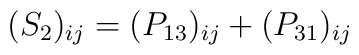
(S_2)_{ij} = (P_{13})_{ij} + (P_{31})_{ij}